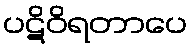
ပဋိဝိရတာပေ